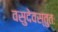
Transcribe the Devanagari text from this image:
वसुदेवस्तुतः